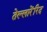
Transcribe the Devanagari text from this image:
तेल्लारेंरिद